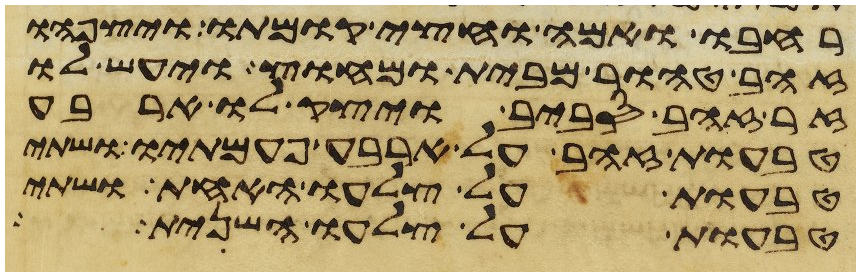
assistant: רחבו ואמה וחצי קומתו ויצפהו
זהב טהור מבית ומחוץ ויעש לו
זר זהב סביב ויצק לו ארבע
טבעות זהב על ארבע פעמתיו ושתי
טבעות על צלעו האחד ושתי
טבעות על צלעו השני